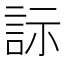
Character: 𬢡